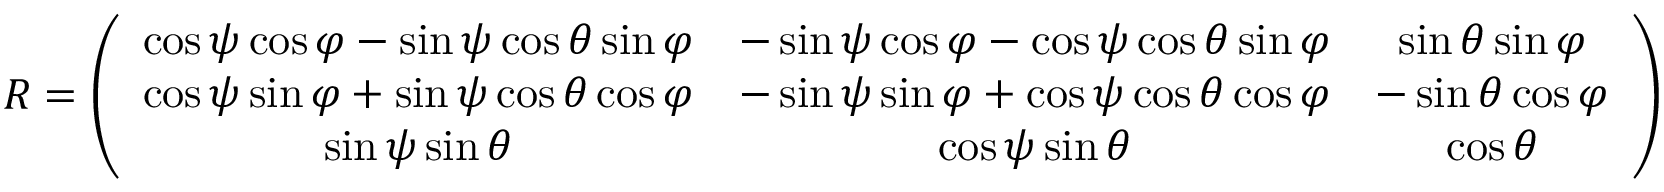
\begin{array} { r } { R = \left( \begin{array} { c c c } { \cos \psi \cos \varphi - \sin \psi \cos \theta \sin \varphi } & { - \sin \psi \cos \varphi - \cos \psi \cos \theta \sin \varphi } & { \sin \theta \sin \varphi } \\ { \cos \psi \sin \varphi + \sin \psi \cos \theta \cos \varphi } & { - \sin \psi \sin \varphi + \cos \psi \cos \theta \cos \varphi } & { - \sin \theta \cos \varphi } \\ { \sin \psi \sin \theta } & { \cos \psi \sin \theta } & { \cos \theta } \end{array} \right) } \end{array}